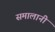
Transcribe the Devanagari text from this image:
समालानी